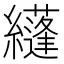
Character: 纄